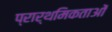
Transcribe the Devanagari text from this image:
प्रार्थमिकताओं